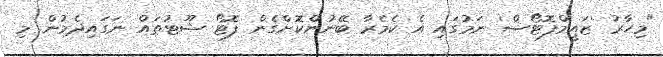
"މިހާރު 'ޒައީމްފޮޓޯސް' ނަމުގައި އެ ކެމެރާ ބޭނުންކޮށްގެން ފޮޓޯ ޝޫޓުތައް ނަގައިދެމުން މި